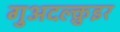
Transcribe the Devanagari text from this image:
गुअदल्क़ुइर